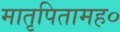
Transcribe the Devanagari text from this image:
मातृपितामह०